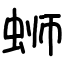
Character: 蛳